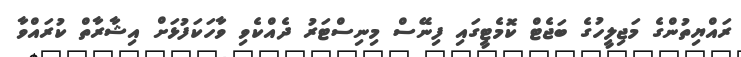
ރައްޔިތުންގެ މަޖިލީހުގެ ބަޖެޓް ކޮމެޓީގައި ފިނޭސް މިނިސްޓަރު ދެއްކެވި ވާހަކަފުޅަށް އިޝާރާތް ކުރައްވާ